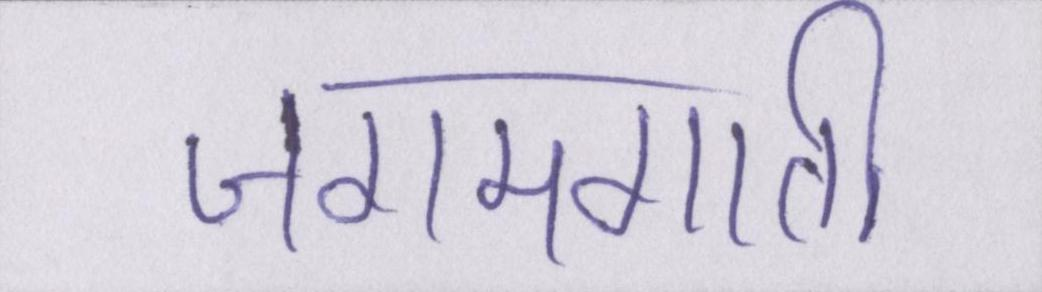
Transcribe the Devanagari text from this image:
जगमगाती